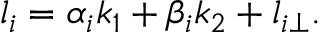
l _ { i } = \alpha _ { i } k _ { 1 } + \beta _ { i } k _ { 2 } + l _ { i \perp } .